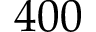
4 0 0